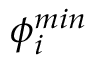
\phi _ { i } ^ { m i n }